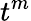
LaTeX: t^{m}